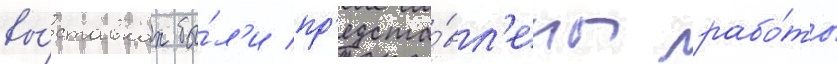
вы́ставках бы́л'и пр'едста́вл'ены рабо́ты